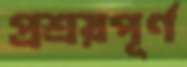
প্রশ্রয়পূর্ণ